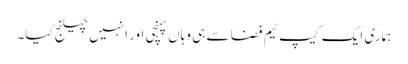
ہماری ایک کیپ ٹیم فضا سے ہی وہاں پہنچی اور انہیں چیلنج کیا۔